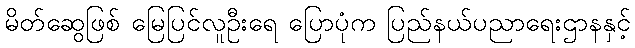
မိတ်ဆွေဖြစ် မြေပြင်လူဦးရေ ပြောပုံက ပြည်နယ်ပညာရေးဌာနနှင့်